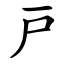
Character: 戸